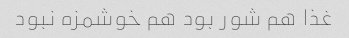
غذا هم شور بود هم خوشمزه نبود